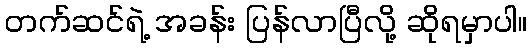
တက်ဆင်ရဲ့ အခန်း ပြန်လာပြီလို့ ဆိုရမှာပါ။